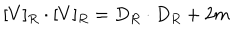
LaTeX: [ V ] _ { R } \cdot [ V ] _ { R } = D _ { R } \cdot D _ { R } + 2 m